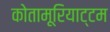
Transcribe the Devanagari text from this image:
कोतामूरियाट्टम